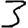
Digit: 3